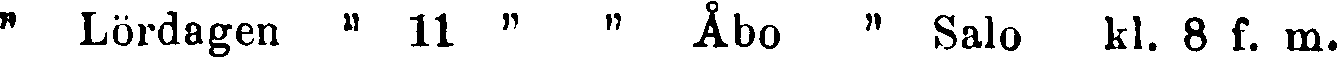
" Lördagen " 11 " " Åbo " Salo kl. Bf. m.